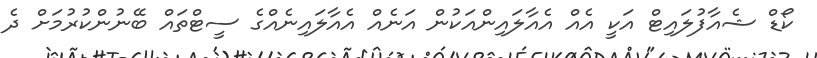
ކޯޑް ޝެއާފުލައިޓް އަކީ އެއް އެއާލައިންއަކުން އަނެއް އެއާލައިނެއްގެ ސީޓްތައް ބޭނުންކުރުމަށް ދެ